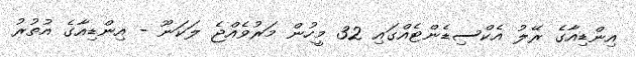
އިންޑިއާގެ ރޭލު އެކްސިޑެންޓެއްގައި 32 މީހުން މަރުވެއްޖެ ލަކަނޫ - އިންޑިއާގެ އުތުރު